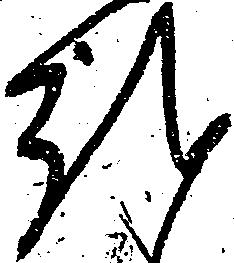
越